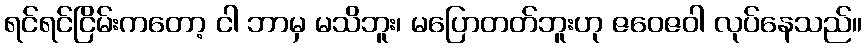
ရင်ရင်ငြိမ်းကတော့ ငါ ဘာမှ မသိဘူး၊ မပြောတတ်ဘူးဟု ဇဝေဇဝါ လုပ်နေသည်။